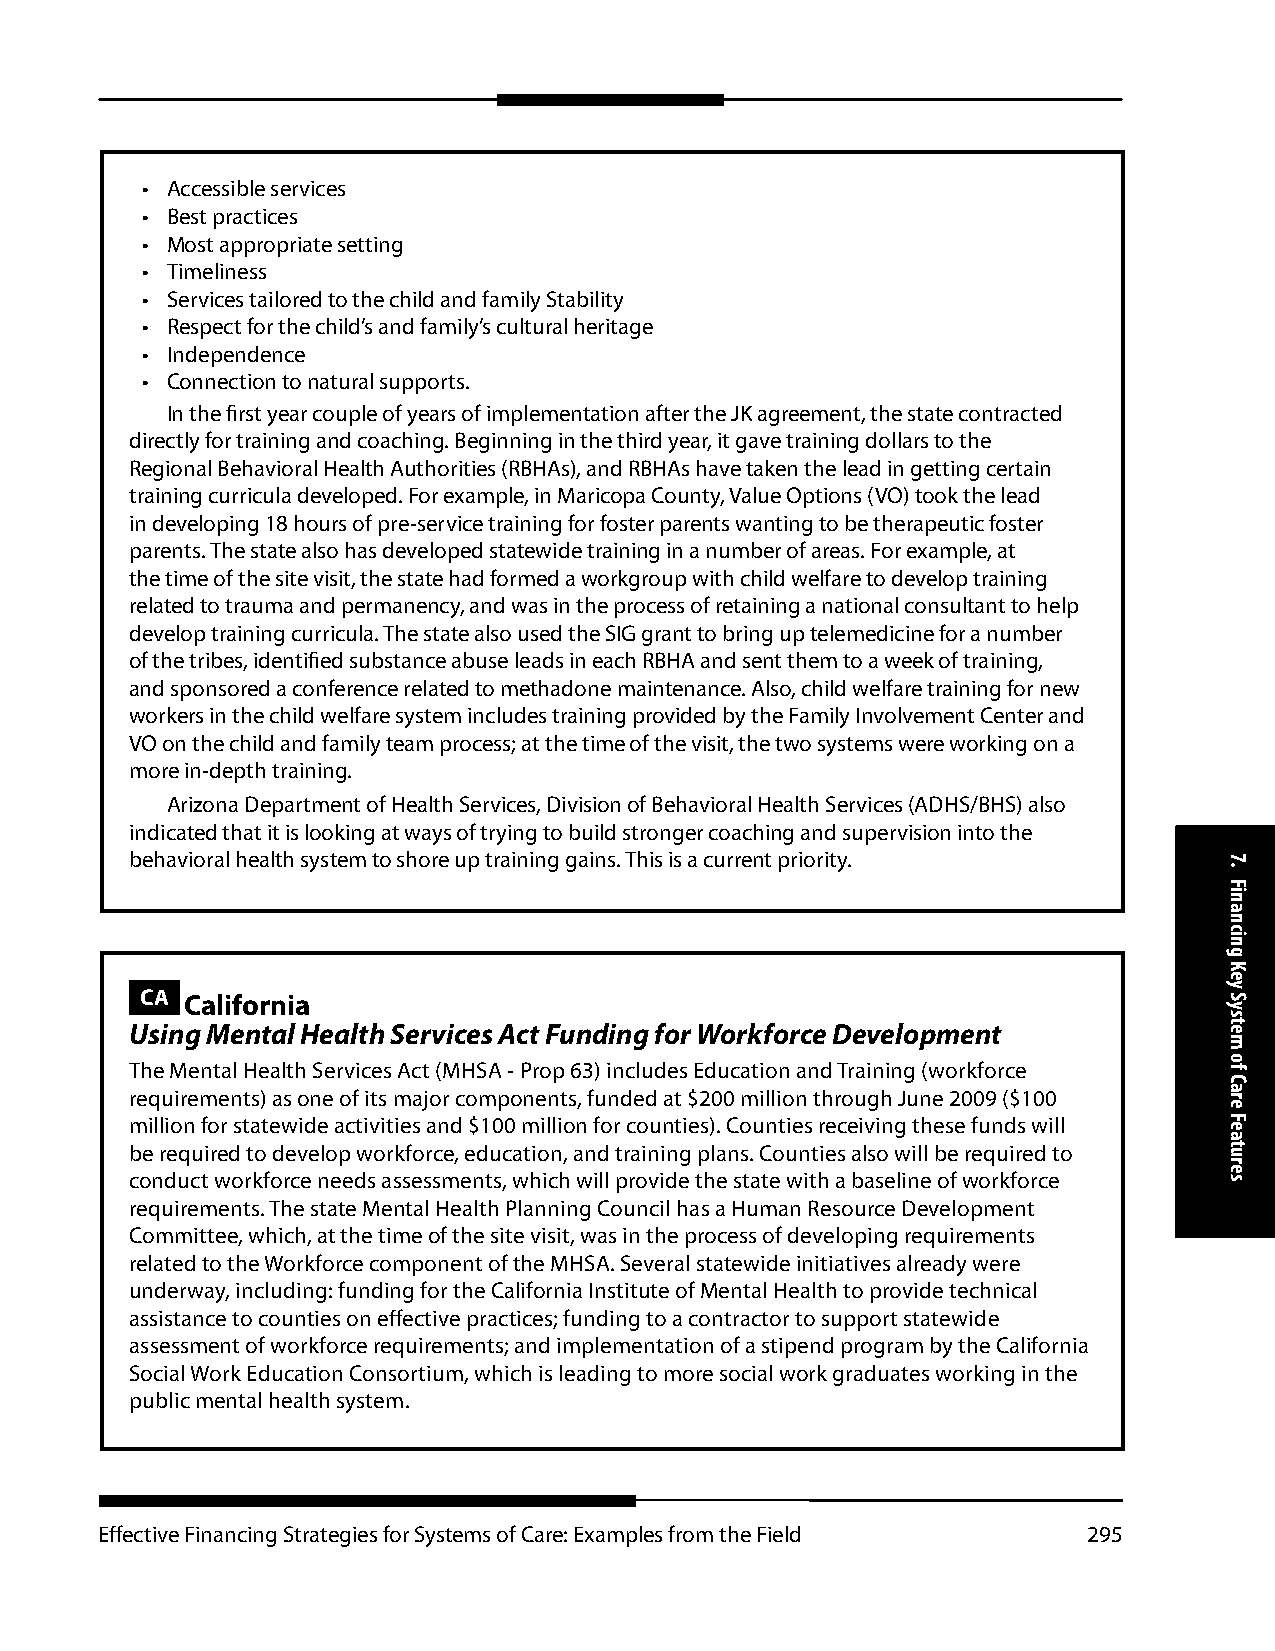
• Accessible services
 • Best practices
 • Most appropriate setting
 • Timeliness
 • Services tailored to the child and family Stability
 • Respect for the child’s and family’s cultural heritage
 • Independence
 • Connection to natural supports.
 In the first year couple of years of implementation after the JK agreement, the state contracted
 directly for training and coaching. Beginning in the third year, it gave training dollars to the
 Regional Behavioral Health Authorities (RBHAs), and RBHAs have taken the lead in getting certain
 training curricula developed. For example, in Maricopa County, Value Options (VO) took the lead
 in developing 18 hours of pre-service training for foster parents wanting to be therapeutic foster
 parents. The state also has developed statewide training in a number of areas. For example, at
 the time of the site visit, the state had formed a workgroup with child welfare to develop training
 related to trauma and permanency, and was in the process of retaining a national consultant to help
 develop training curricula. The state also used the SIG grant to bring up telemedicine for a number
 of the tribes, identified substance abuse leads in each RBHA and sent them to a week of training,
 and sponsored a conference related to methadone maintenance. Also, child welfare training for new
 workers in the child welfare system includes training provided by the Family Involvement Center and
 VO on the child and family team process; at the time of the visit, the two systems were working on a
 more in-depth training.
 Arizona Department of Health Services, Division of Behavioral Health Services (ADHS/BHS) also
 indicated that it is looking at ways of trying to build stronger coaching and supervision into the
 behavioral health system to shore up training gains. This is a current priority.
 CA California
 Using Mental Health Services Act Funding for Workforce Development
 The Mental Health Services Act (MHSA - Prop 63) includes Education and Training (workforce
 requirements) as one of its major components, funded at $200 million through June 2009 ($100
 million for statewide activities and $100 million for counties). Counties receiving these funds will
 be required to develop workforce, education, and training plans. Counties also will be required to
 conduct workforce needs assessments, which will provide the state with a baseline of workforce
 requirements. The state Mental Health Planning Council has a Human Resource Development
 Committee, which, at the time of the site visit, was in the process of developing requirements
 related to the Workforce component of the MHSA. Several statewide initiatives already were
 underway, including: funding for the California Institute of Mental Health to provide technical
 assistance to counties on effective practices; funding to a contractor to support statewide
 assessment of workforce requirements; and implementation of a stipend program by the California
 Social Work Education Consortium, which is leading to more social work graduates working in the
 public mental health system.
 Effective Financing Strategies for Systems of Care: Examples from the Field 295
 7.
 Financing
 Key
 System
 of
 Care
 Features